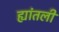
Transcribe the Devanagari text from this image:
ह्यांतली